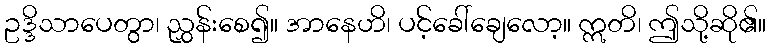
ဥဒ္ဒိသာပေတွာ၊ ညွှန်းစေ၍။ အာနေဟိ၊ ပင့်ခေါ်ချေလော့။ ဣတိ၊ ဤသို့ဆို၏။